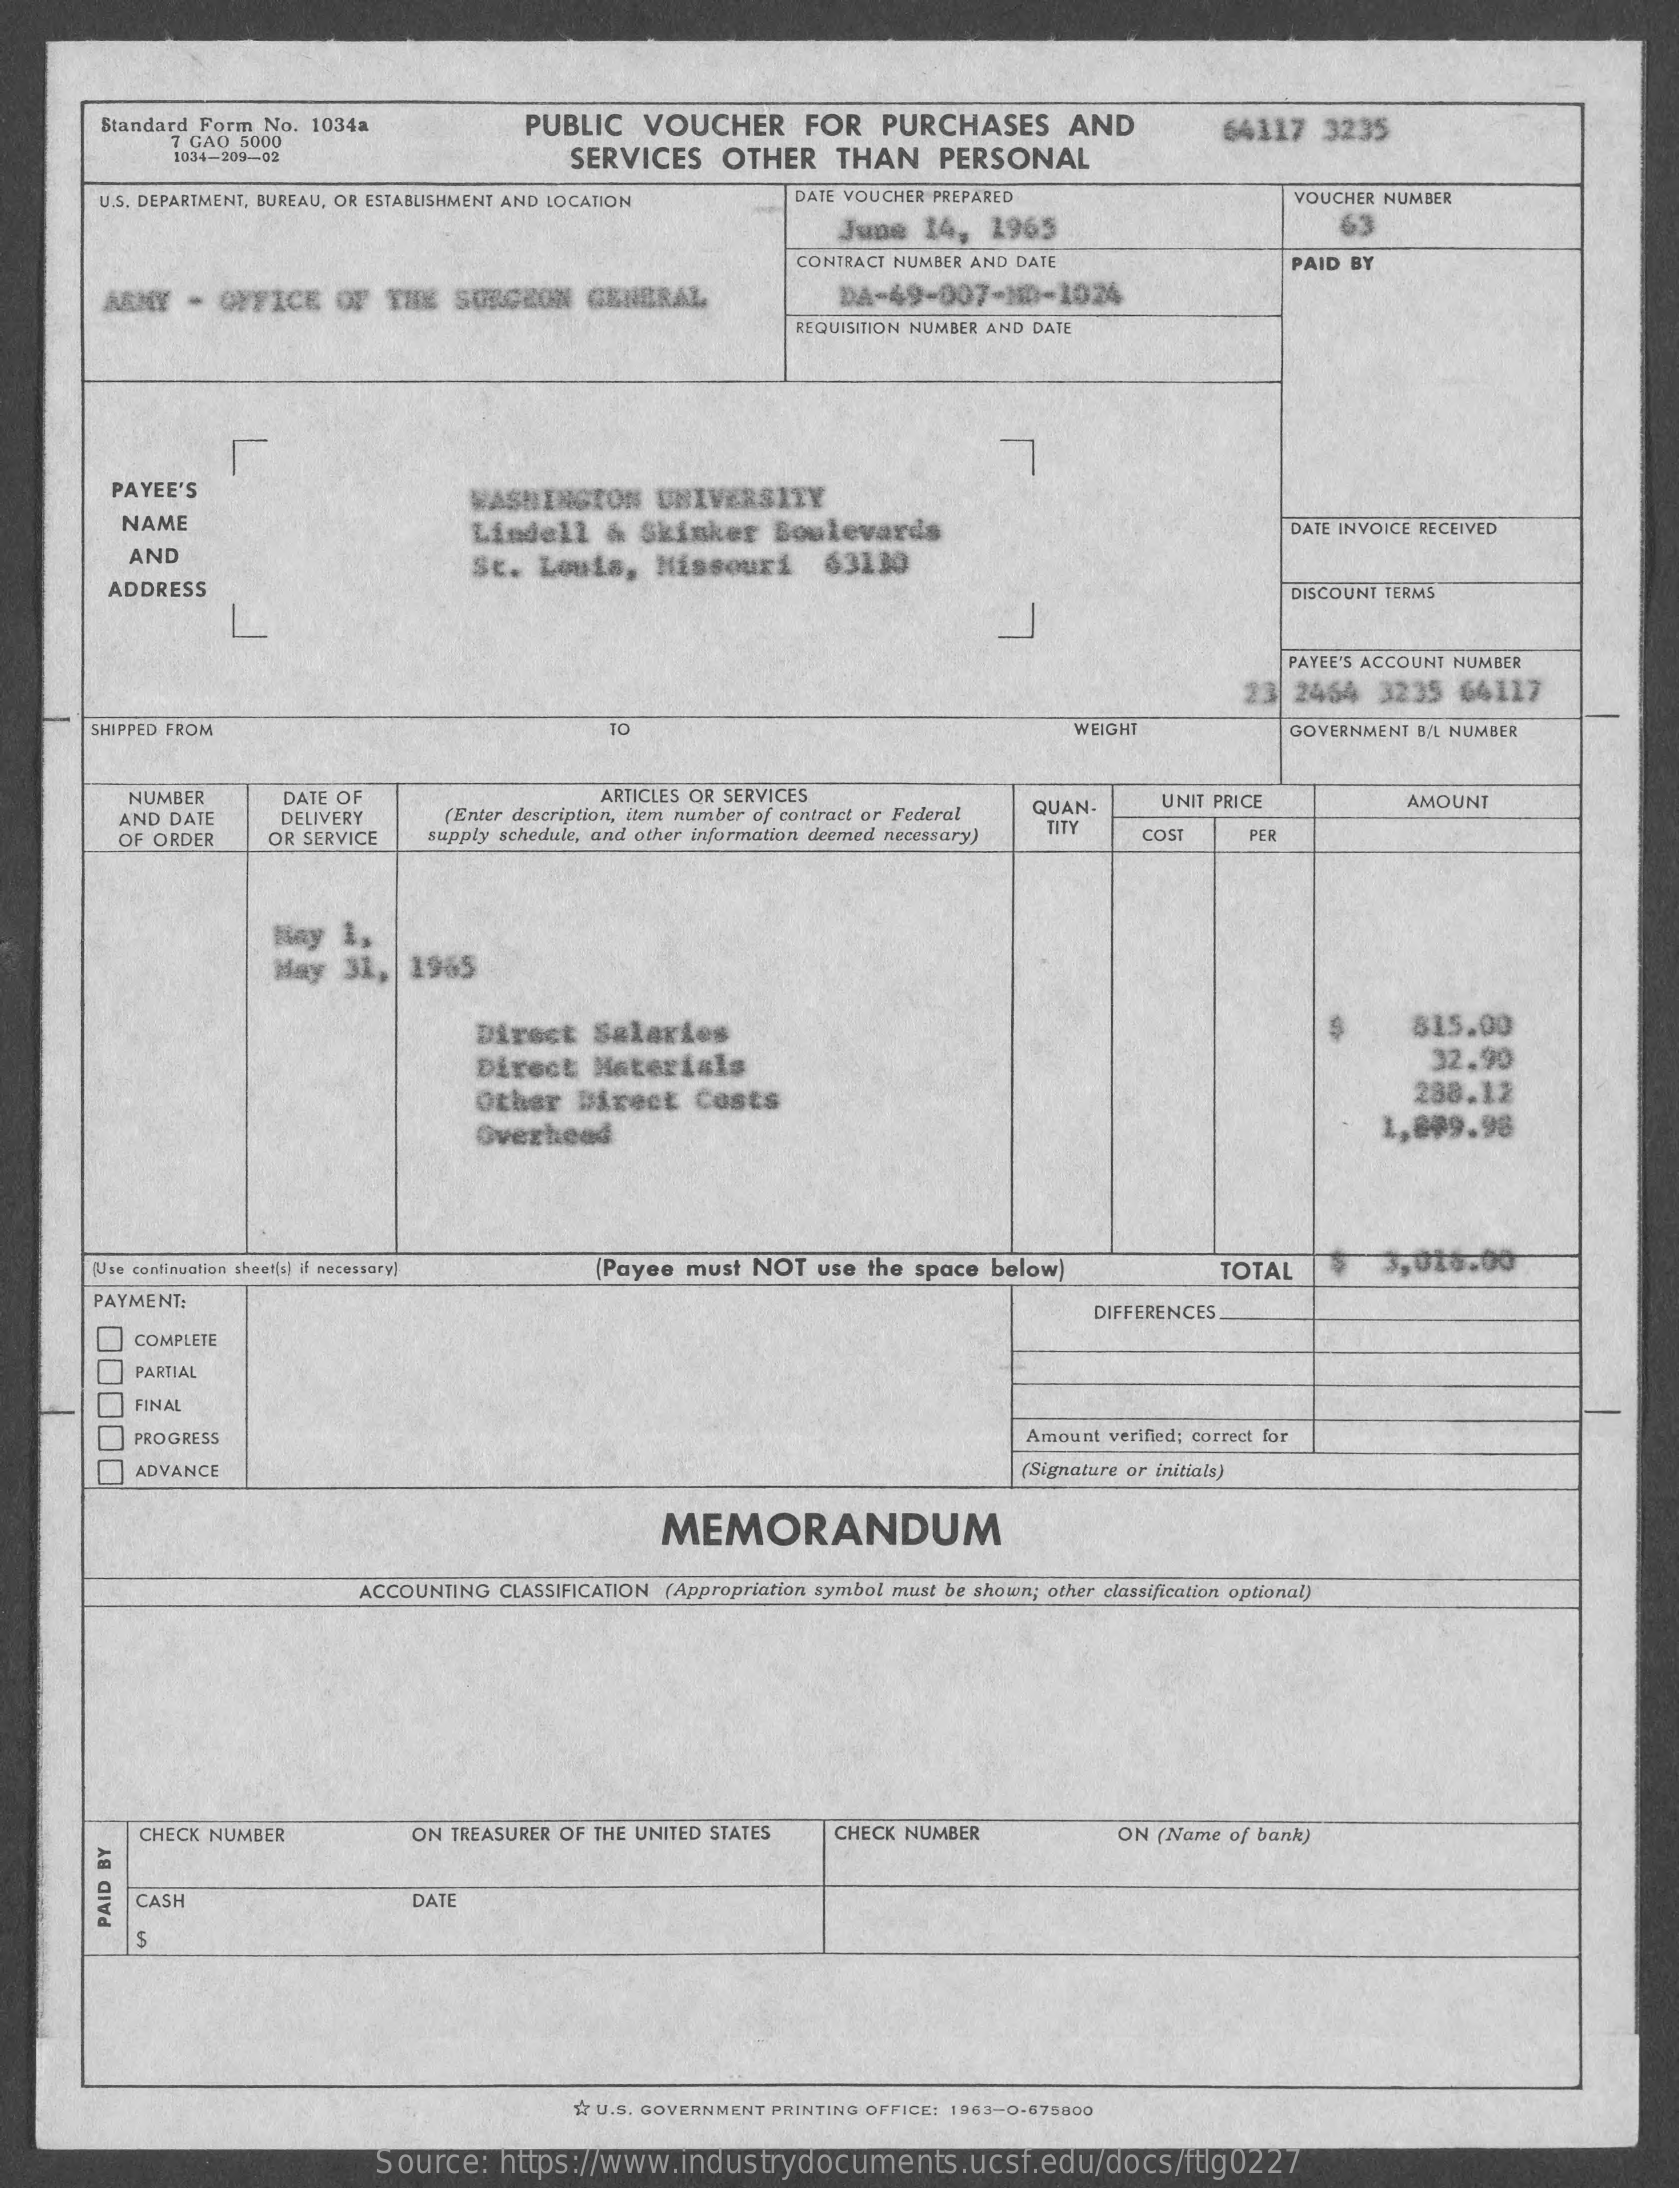
Standard Form No. 1034a    PUBLIC    VOUCHER    FOR    PURCHASES    AND
     7 GAO 5000
     1034-209-02    SERVICES    OTHER    THAN    PERSONAL
     64117    3235
     U.S. DEPARTMENT, BUREAU, OR ESTABLISHMENT AND LOCATION    DATE VOUCHER PREPARED    VOUCHER NUMBER
     June   14,   1965    63
     CONTRACT NUMBER AND DATE    PAID BY
     ARMY  -  OFFICE    OF   THE   SURGEON    GENERAL    DA-49-007-MD-1024
     REQUISITION NUMBER AND DATE
     PAYEE'S    WASHINGTON    UNIVERSITY
     NAME    Lindell    &  Skinker    Boulevards    DATE INVOICE RECEIVED
     AND
     ADDRESS
     St.  Louis,    Missouri    63130
     DISCOUNT TERMS
     PAYEE'S ACCOUNT NUMBER
     2   2454   3235   64117
     SHIPPED FROM    TO    WEIGHT    GOVERNMENT B/L NUMBER
     NUMBER    DATE OF    ARTICLES OR SERVICES
     AND DATE    DELIVERY    (Enter description, item number of contract or Federal QUAN-    UNIT PRICE    AMOUNT
     OF ORDER    OR SERVICE    supply schedule, and other information deemed necessary) TITY  COST    PER
     Biay  1,
     May   31,   1965
     Direct    Salaries    815.00
     Direct    Materials    32.90
     Other    Direct    Costs    288.12
     Overhead    1,899.98
     (Use continuation sheet(s) if necessary)    (Payee must  NOT   use the  space below)    TOTAL    3,016.00
     PAYMENT:
     DIFFERENCES
     00000
     COMPLETE
     PARTIAL
     FINAL
     PROGRESS    Amount verified; correct for
     ADVANCE    (Signature or initials)
     MEMORANDUM
     ACCOUNTING  CLASSIFICATION (Appropriation symbol must be shown; other classification optional)
     CHECK NUMBER    ON TREASURER OF THE UNITED STATES    CHECK NUMBER    ON (Name of bank)
     CASH    DATE PAID
     BY
     Tr U.S. GOVERNMENT PRINTING OFFICE: 1963-0-675800
     Source:    https://www.industrydocuments.ucsf.edu/docs/ftlg0227